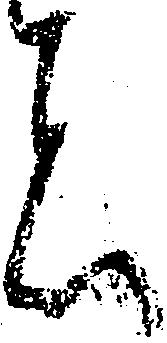
者